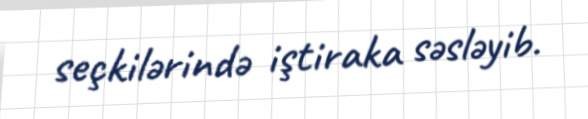
seçkilərində iştiraka səsləyib.